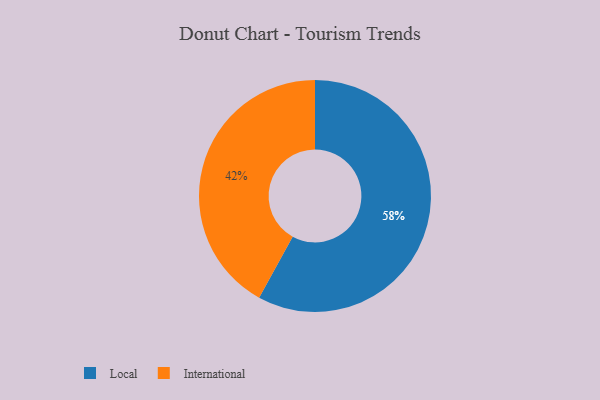
{"axis": {"x": "Category", "y": "Percentage"}, "legend": ["International", "Local"], "data": [{"x": "Local", "y": 58, "type": "Local"}, {"x": "International", "y": 42, "type": "International"}]}